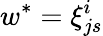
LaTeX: w^{\ast}=\xi_{js}^{i}